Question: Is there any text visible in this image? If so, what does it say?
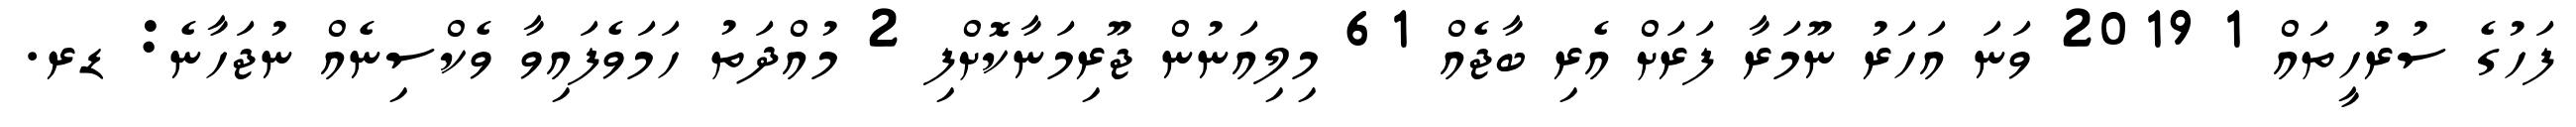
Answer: ފަހުގެ ސުރުހީތައް 1 2019 ވަނަ އަހަރު ނޫމަރާ ފަރަށް އެރި ބާޖެއް 61 މިލިއަނުން ޖޫރިމަނާކޮށްފި 2 މުއްދަތު ހަމަވެފައިވާ ވެކްސިނެއް ނުޖަހާނެ: ޑރ.